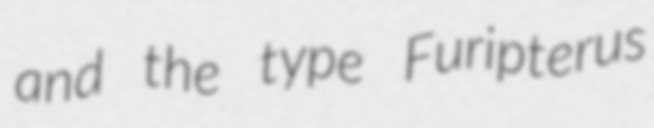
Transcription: and the type Furipterus